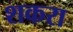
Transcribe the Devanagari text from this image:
शकरा